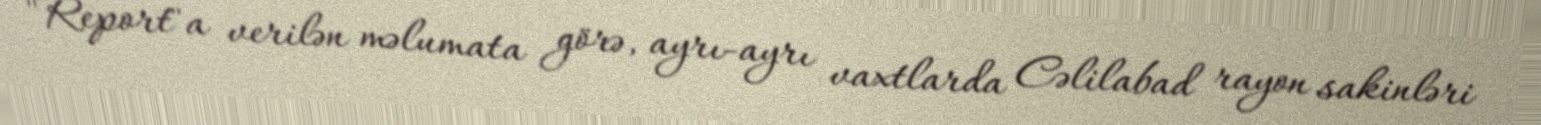
"Report"a verilən məlumata görə, ayrı-ayrı vaxtlarda Cəlilabad rayon sakinləri